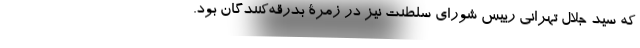
که سید جلال تهرانی رییس شورای سلطنت نیز در زمرۀ بدرقه‌کنندگان بود.